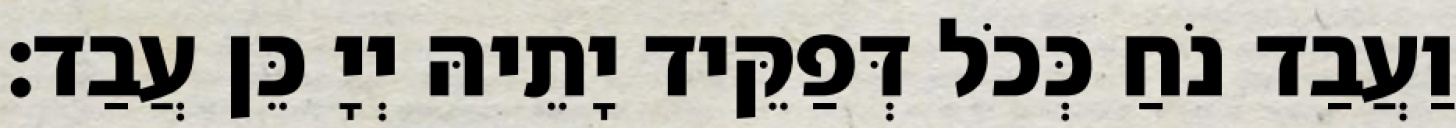
וַעֲבַד נֹחַ כְּכֹל דְּפַקֵּיד יָתֵיהּ יְיָ כֵּן עֲבַד׃